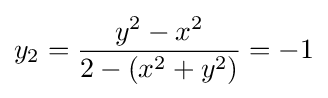
y_{2}={\frac {y^{2}-x^{2}}{2-(x^{2}+y^{2})}}=-1